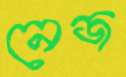
নেজ